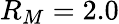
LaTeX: R_{M}=2.0